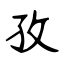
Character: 孜